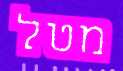
מטל